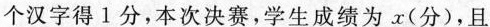
个汉字得1分，本次决赛，学生成绩为 x(分)，且